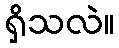
ရှိသလဲ။